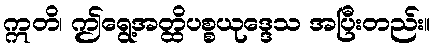
ဣတိ၊ ဤရွေ့အတ္ထိပစ္စယုဒ္ဒေသ အပြီးတည်း။